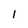
Character: l